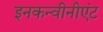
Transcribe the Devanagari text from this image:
इनकन्वीनीएंट